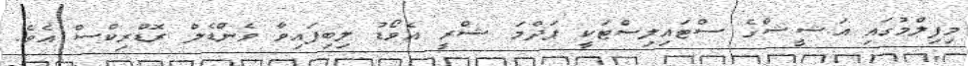
މިފިލްމުގައި އަޝީޝްގެ ސްޓައިލިސްޓަކީ ޕަދްމަ ޝްރީ އެވޯޑު ލިބިފައިވާ ވެންޑެލް ރޮޑްރިކްސް އެވެ.